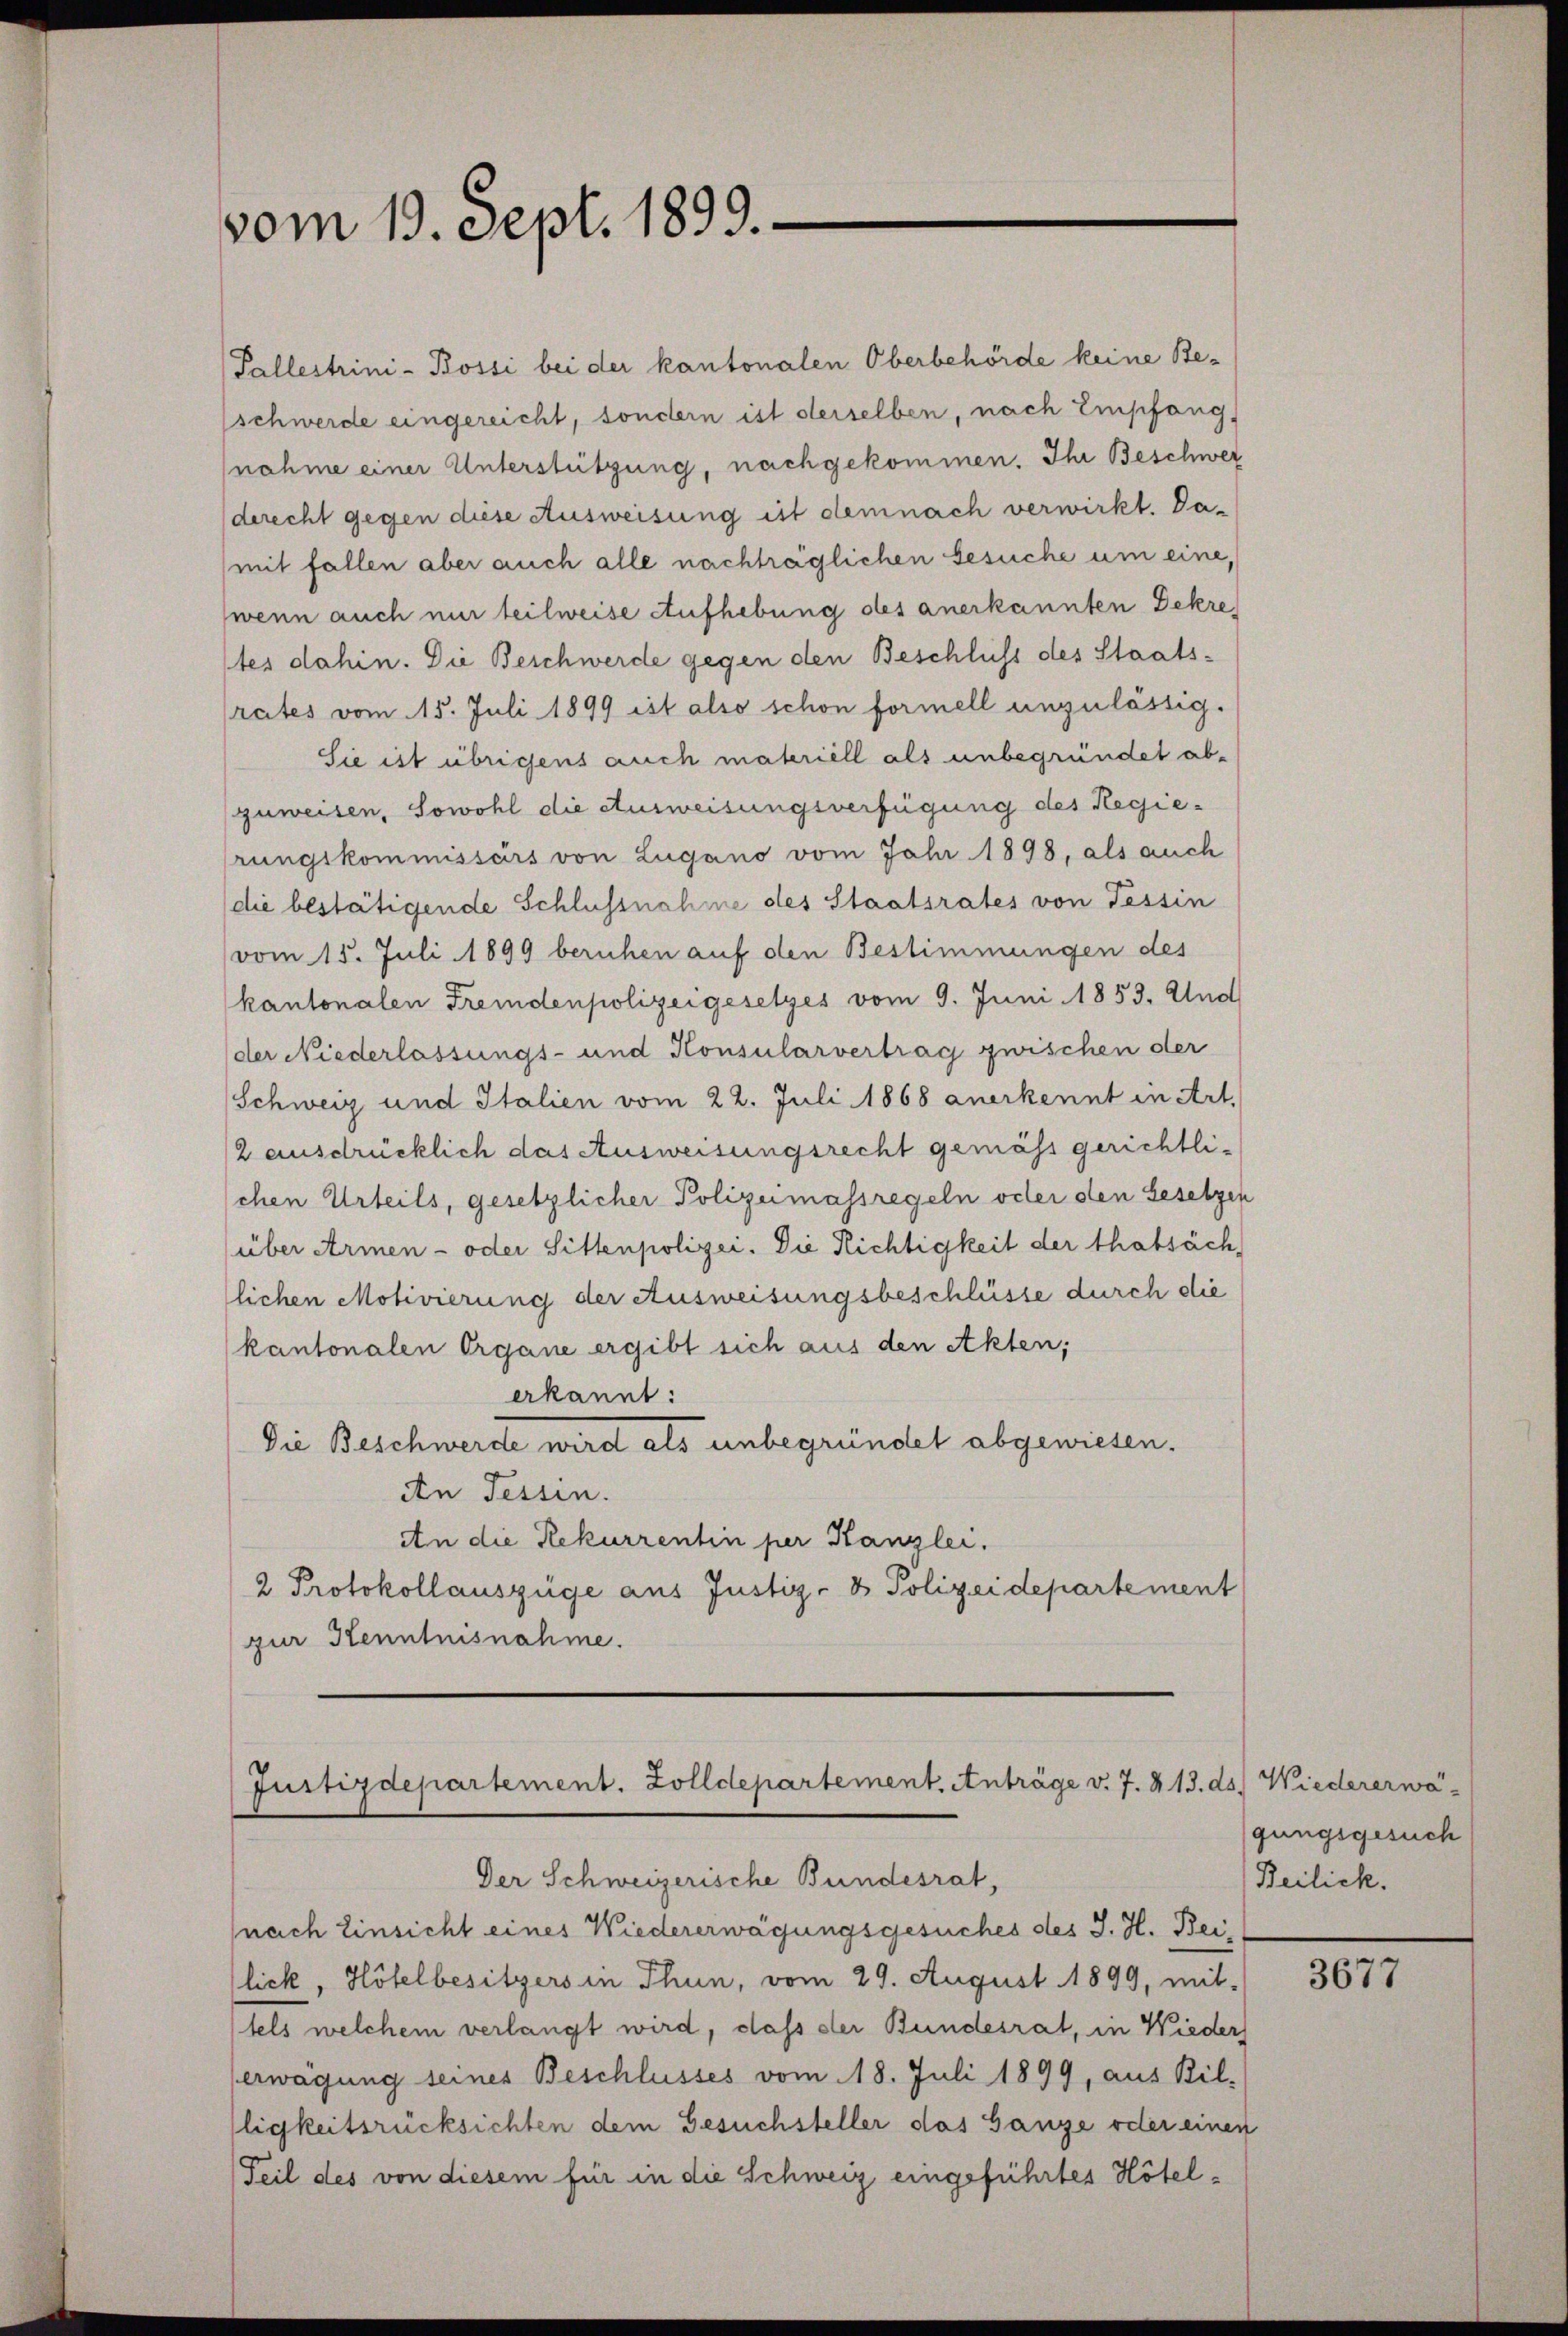
vom 19. Sept. 1899.

Pallestrini-Bossi bei der kantonalen Oberbehörde keine Beschwerde eingereicht, sondern ist derselben, nach Empfang,
nahme einer Unterstützung, nachgekommen. Ihr Beschwer
derecht gegen diese Ausweisung ist demnach verwirkt. Da-
mit fallen aber auch alle nachträglichen Gesuche um eine,
(wenn auch nur teilweise Aufhebung des anerkannten Dekre
tes dahin. Die Beschwerde gegen den Beschluss des Staatsrates vom 15. Juli 1899 ist also schon formell unzulässig.
Sie ist übrigens auch materiell als unbegründet abzuweisen, Sowohl die Ausweisungsverfügung des Regierungskommissärs von Lugano vom Jahr 1898, als auch
die bestätigende Schlussnahme des Staatsrates von Tessin
vom 15. Juli 1899 beruhen auf den Bestimmungen des
kantonalen Fremdenpolizeigesetzes vom 9. Juni 1853. Und
der Niederlassungs- und Konsularvertrag zwischen der
Schweiz und Italien vom 22. Juli 1868 anerkennt in Art.
2 ausdrücklich das Ausweisungsrecht gemäss gerichtlischen Urteils, gesetzlicher Polizeimassregeln octer den Gesetzen
über Armen - oder Sittenpolizei. Die Richtigkeit der thatsäch
lichen Motivierung der Ausweisungsbeschlüsse durch die
kantonalen Organe ergibt sich aus den Akten,
erkannt:
Die Beschwerde wird als unbegründet abgewiesen.
An Tessin.
An die Rekurrentin per Kanzlei.
2 Protokollauszüge aus Justiz- & Polizeidepartement
zur Kenntnisnahme.

Justizdepartement. Zolldepartement. Anträge v. 7. 413. ds. Wiedererwä
Der Schweizerische Bundesrat,

nach Einsicht eines Wiedererwägungsgesuches des J. H. Beilick, Höfelbesitzers in Thun, vom 29. August 1899, mit-
tels welchem verlangt wird, dass der Bundesrat, in Wieder
erwägung seines Beschlusses vom 18. Juli 1899, aus Bil-
lligkeitsrücksichten dem Gesuchsteller das Ganze oder einen
Teil des von diesem für in die Schweiz eingeführtes Hötel¬

gungsgesuch
Reilich.

3677